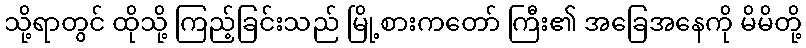
သို့ရာတွင် ထိုသို့ ကြည့်ခြင်းသည် မြို့စားကတော် ကြီး၏ အခြေအနေကို မိမိတို့